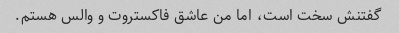
گفتنش سخت است، اما من عاشق فاکستروت و والس هستم.